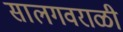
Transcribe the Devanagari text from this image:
सालगवराळी